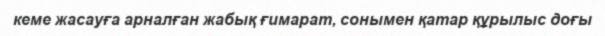
кеме жасауға арналған жабық ғимарат, сонымен қатар құрылыс доғы